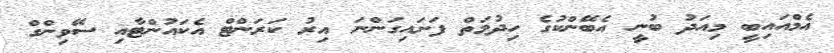
އެމްއައިބީ މިއަދު ބުނީ އެބޭންކުގެ ހިދުމަތް ފަށައިގަންނަ އިރު ކަރަންޓް އެކައުންޓާއި ސޭވިންގް